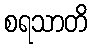
စရသာတိ